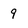
Character: 9